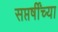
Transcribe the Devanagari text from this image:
सप्तर्षींच्या